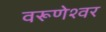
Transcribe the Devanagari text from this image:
वरूणेश्वर